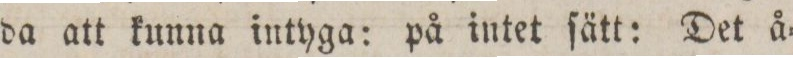
da att kunna intyga: på intet ſätt: Det å=